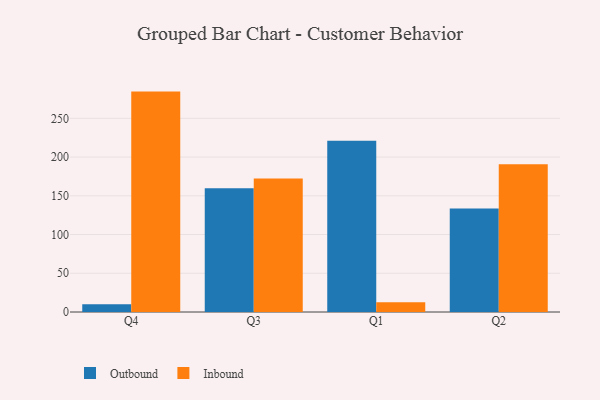
{"axis": {"x": "Quarter", "y": "Demand Index"}, "legend": ["Inbound", "Outbound"], "data": [{"x": "Q4", "y": 10.1, "type": "Outbound"}, {"x": "Q4", "y": 284.5, "type": "Inbound"}, {"x": "Q3", "y": 159.7, "type": "Outbound"}, {"x": "Q3", "y": 172.2, "type": "Inbound"}, {"x": "Q1", "y": 220.9, "type": "Outbound"}, {"x": "Q1", "y": 12.7, "type": "Inbound"}, {"x": "Q2", "y": 133.5, "type": "Outbound"}, {"x": "Q2", "y": 190.8, "type": "Inbound"}]}